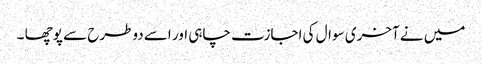
میں نے آخری سوال کی اجازت چاہی اور اسے دوطرح سے پوچھا ۔